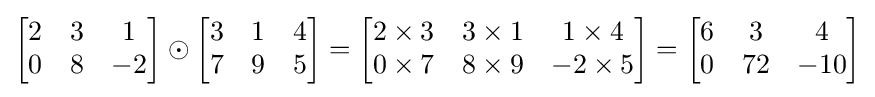
{\begin{bmatrix}2&3&1\\0&8&-2\end{bmatrix}}\odot {\begin{bmatrix}3&1&4\\7&9&5\end{bmatrix}}={\begin{bmatrix}2\times 3&3\times 1&1\times 4\\0\times 7&8\times 9&-2\times 5\end{bmatrix}}={\begin{bmatrix}6&3&4\\0&72&-10\end{bmatrix}}